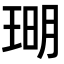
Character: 𪻪